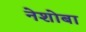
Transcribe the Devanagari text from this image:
नेशोबा